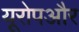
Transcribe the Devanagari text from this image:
यूरोपऔर